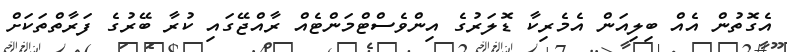
އެގޮތުން އެއް ބިލިއަން އެމެރިކާ ޑޮލަރުގެ އިންވެސްޓްމަންޓެއް ރާއްޖޭގައި ކުރާ ބޭރުގެ ފަރާތްތަކަށް